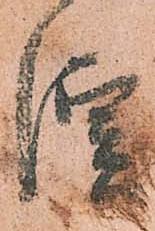
演